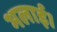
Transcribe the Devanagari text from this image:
भलाई।